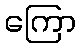
ကြော